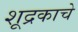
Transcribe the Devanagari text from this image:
शूद्रकाचे